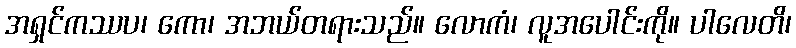
အရှင်ကဿပ၊ ကော၊ အဘယ်တရားသည်။ လောကံ၊ လူအပေါင်းကို။ ပါလေတိ၊